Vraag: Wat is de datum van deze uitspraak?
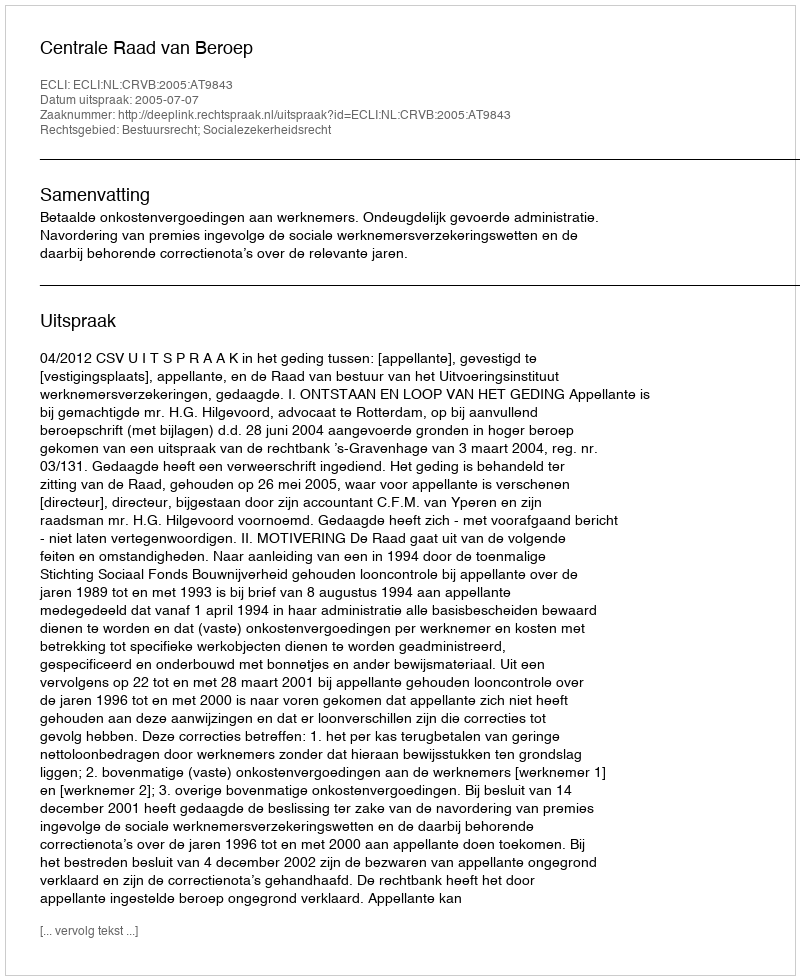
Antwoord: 2005-07-07